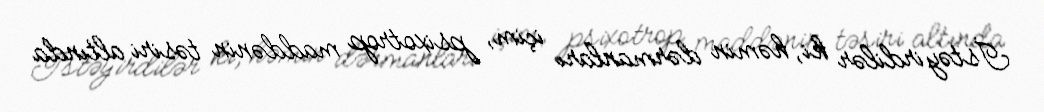
İstəyirdilər ki, həmin dərmanları içim, psixotrop maddənin təsiri altında